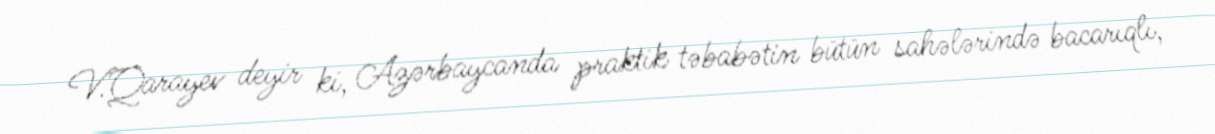
V.Qarayev deyir ki, Azərbaycanda praktik təbabətin bütün sahələrində bacarıqlı,